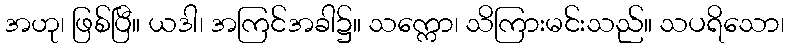
အဟု၊ ဖြစ်ပြီ။ ယဒါ၊ အကြင်အခါ၌။ သက္ကော၊ သိကြားမင်းသည်။ သပရိသော၊